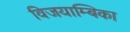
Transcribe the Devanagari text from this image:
विजयाम्बिका